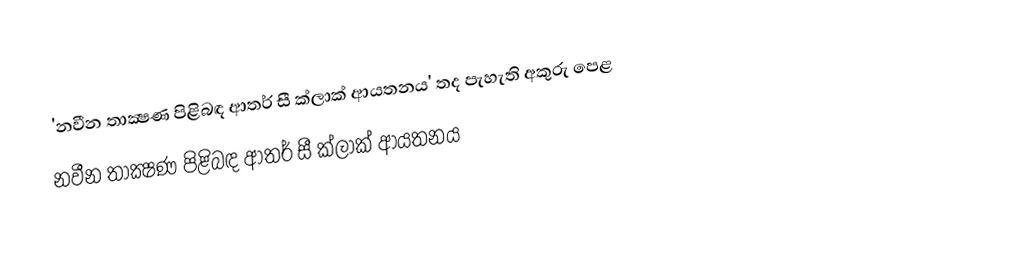
'නවීන තාක්‍ෂණ පිළිබඳ ආතර් සී ක්ලාක් ආයතනය' තද පැහැති අකුරු පෙළ
 නවීන තාක්‍ෂණ පිළිබඳ ආතර් සී ක්ලාක් ආයතනය